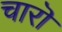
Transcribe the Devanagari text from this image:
चारॊ